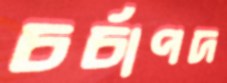
চর্চাপদ